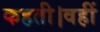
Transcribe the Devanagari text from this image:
कहती।वहीं